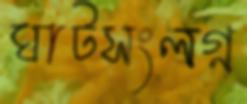
ঘাটসংলগ্ন